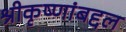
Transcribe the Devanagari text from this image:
श्रीकृष्णांबद्दल